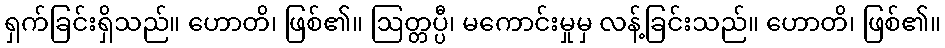
ရှက်ခြင်းရှိသည်။ ဟောတိ၊ ဖြစ်၏။ ဩတ္တပ္ပီ၊ မကောင်းမှုမှ လန့်ခြင်းသည်။ ဟောတိ၊ ဖြစ်၏။